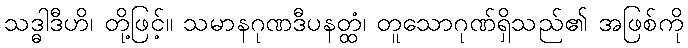
သဒ္ဓါဒီဟိ၊ တို့ဖြင့်။ သမာနဂုဏဒီပနတ္ထံ၊ တူသောဂုဏ်ရှိသည်၏ အဖြစ်ကို